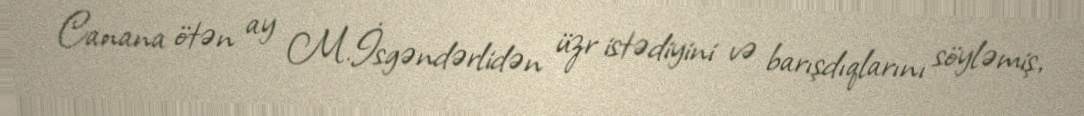
Canana ötən ay M.İsgəndərlidən üzr istədiyini və barışdıqlarını söyləmiş,